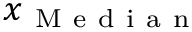
\boldsymbol { x } _ { \mathrm { ~ M ~ e ~ d ~ i ~ a ~ n ~ } }